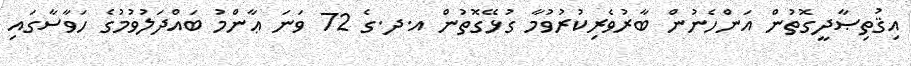
އިޤުތިޞާދީގޮތުން އަންހެނުން ބާރުވެރިކުރުވުމާ ގުޅޭގޮތުން އ.ދ.ގެ 72 ވަނަ ޢާންމު ބައްދަލުވުމުގެ ހަވާސާގައި